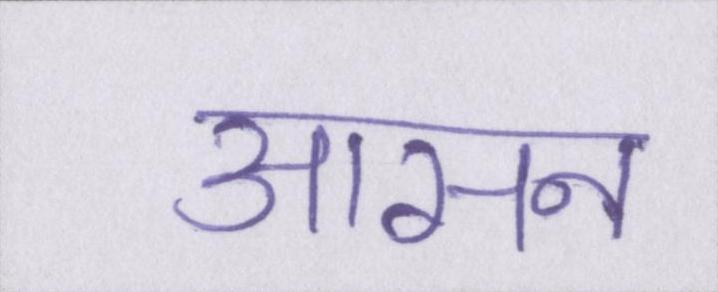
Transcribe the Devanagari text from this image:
आसन